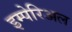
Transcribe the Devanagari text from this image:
इम्पेरिअल